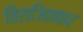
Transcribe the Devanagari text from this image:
विराजितकर